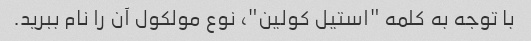
با توجه به کلمه "استیل کولین"، نوع مولکول آن را نام ببرید.